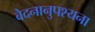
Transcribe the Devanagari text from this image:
वेदनानुपश्यना